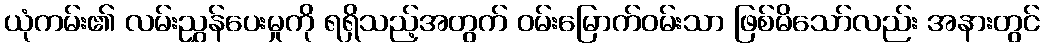
ယုံကမ်း၏ လမ်းညွှန်ပေးမှုကို ရရှိသည့်အတွက် ဝမ်းမြောက်ဝမ်းသာ ဖြစ်မိသော်လည်း အနားတွင်